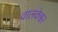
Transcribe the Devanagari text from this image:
वालकेश्वर